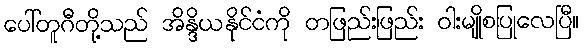
ပေါ်တူဂီတို့သည် အိန္ဒိယနိုင်ငံကို တဖြည်းဖြည်း ဝါးမျိုစပြုလေပြီ။